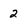
Character: 2